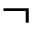
\neg